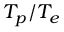
T _ { p } / T _ { e }